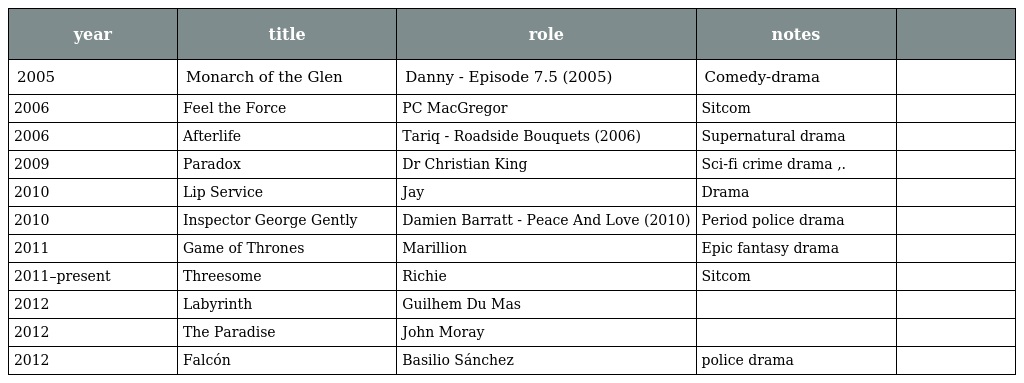
| year | title | role | notes |  |
 | --- | --- | --- | --- | --- |
 | 2005 | Monarch of the Glen | Danny - Episode 7.5 (2005) | Comedy-drama |  |
 | 2006 | Feel the Force | PC MacGregor | Sitcom |  |
 | 2006 | Afterlife | Tariq - Roadside Bouquets (2006) | Supernatural drama |  |
 | 2009 | Paradox | Dr Christian King | Sci-fi crime drama ,. |  |
 | 2010 | Lip Service | Jay | Drama |  |
 | 2010 | Inspector George Gently | Damien Barratt - Peace And Love (2010) | Period police drama |  |
 | 2011 | Game of Thrones | Marillion | Epic fantasy drama |  |
 | 2011–present | Threesome | Richie | Sitcom |  |
 | 2012 | Labyrinth | Guilhem Du Mas |  |  |
 | 2012 | The Paradise | John Moray |  |  |
 | 2012 | Falcón | Basilio Sánchez | police drama |  |